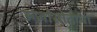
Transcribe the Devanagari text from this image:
ऊर्जास्रोताचा